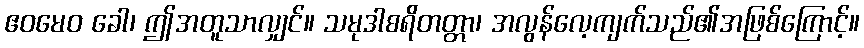
ဧဝမေဝ ခေါ၊ ဤအတူသာလျှင်။ သမုဒါစရိတတ္တာ၊ အလွန်လေ့ကျက်သည်၏အဖြစ်ကြောင့်။